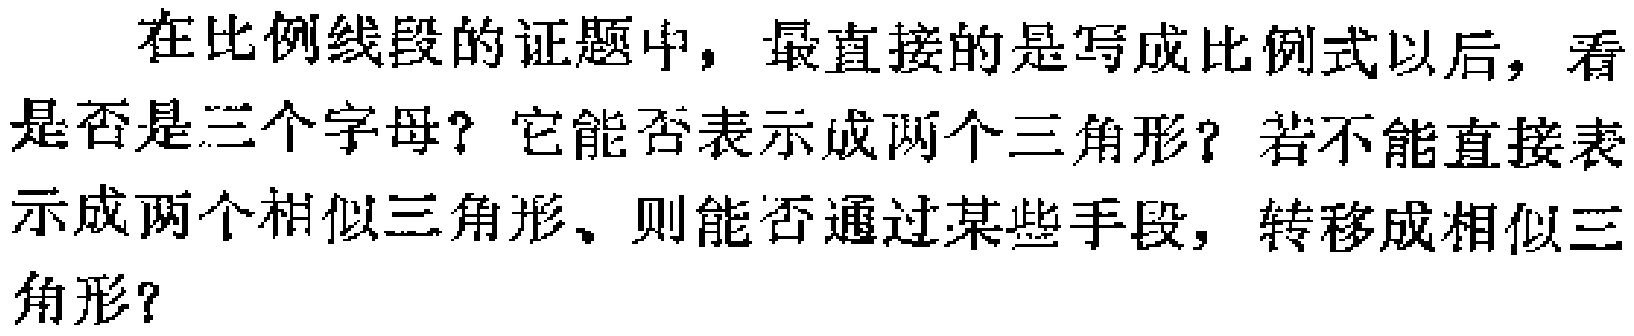
在比例线段的证题中，最直接的是写成比例式以后，看是否是三个字母？它能否表示成两个三角形？若不能直接表示成两个相似三角形、则能否通过某些手段，转移成相似三角形？